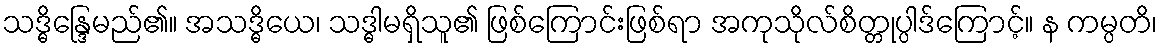
သဒ္ဓိန္ဒြေမည်၏။ အသဒ္ဓိယေ၊ သဒ္ဓါမရှိသူ၏ ဖြစ်ကြောင်းဖြစ်ရာ အကုသိုလ်စိတ္တုပ္ပါဒ်ကြောင့်။ န ကမ္ပတိ၊